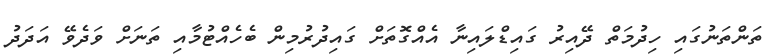
ތަންތަނުގައި ހިދުމަތް ދޭއިރު ގައިޑްލައިނާ އެއްގޮތަށް ގައިދުރުމިން ބެހެއްޓުމާއި ތަނަށް ވަދެވޭ އަދަދު